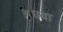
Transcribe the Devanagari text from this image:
अधवा